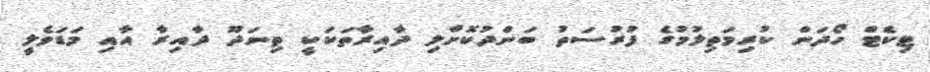
ޓިކެޓް ހޯދަން ކުރިމަތިލުމުގެ ފުރުސަތު ބަންދުކޮށްލި ދާއިރާތަކަކީ ތިނަދޫ ދާއިރާ އާއި މަޑަވެލީ